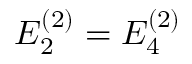
E _ { 2 } ^ { ( 2 ) } = E _ { 4 } ^ { ( 2 ) }